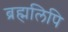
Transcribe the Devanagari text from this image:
ब्रह्मलिपि